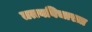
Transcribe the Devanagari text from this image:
तत्त्वविचारात